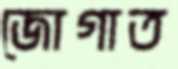
জোগাত